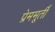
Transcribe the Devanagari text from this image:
प्रेममूर्ती